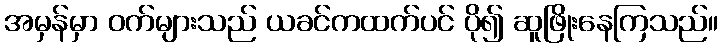
အမှန်မှာ ဝက်များသည် ယခင်ကထက်ပင် ပို၍ ဆူဖြိုးနေကြသည်။